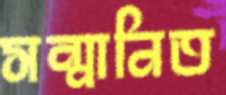
সন্মানিত